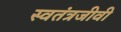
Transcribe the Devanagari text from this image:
स्वतंत्रजीवी